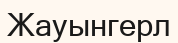
Жауынгерл